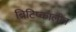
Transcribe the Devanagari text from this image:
ब्रिटिष्कालीन